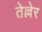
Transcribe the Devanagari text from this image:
तेल्लेर